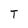
Character: T